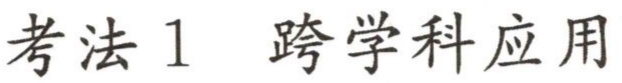
考法1 跨学科应用